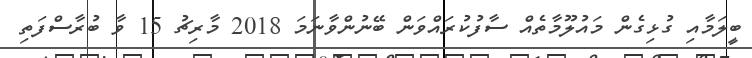
ބީލަމާއި ގުޅިގެން މައުލޫމާތެއް ސާފުކުރައްވަން ބޭނުންވާނަމަ 2018 މާރިޗު 15 ވާ ބުރާސްފަތި